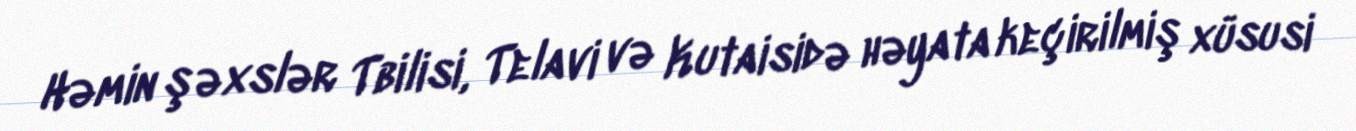
Həmin şəxslər Tbilisi, Telavi və Kutaisidə həyata keçirilmiş xüsusi